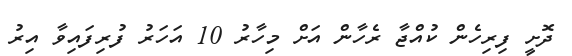
ދޮށީ ފިރިހެން ކުއްޖާ ރެހާން އަށް މިހާރު 10 އަހަރު ފުރިފައިވާ އިރު